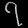
Digit: ၇